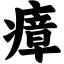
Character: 瘴